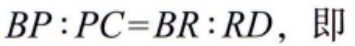
$BP:PC = BR:RD，即$